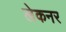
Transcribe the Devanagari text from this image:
लेकनर